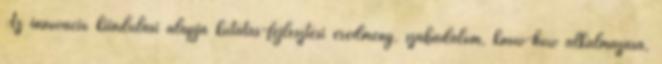
Az innováció kiindulási alapja kutatás-fejlesztési eredmény, szabadalom, know-how alkalmazása,